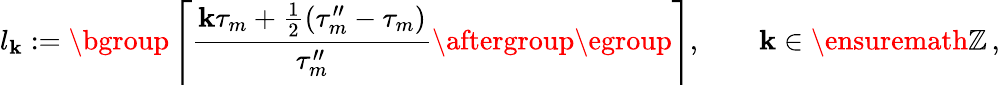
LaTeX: l_{\mathbf{k}}:=\mathopen{}\mathclose\bgroup\left\lceil\frac{{\mathbf{k}\tau_{m}+\frac{1}{2}(\tau_{m}^{\prime\prime}-\tau_{m})}}{{\tau_{m}^{\prime\prime}}}\aftergroup\egroup\right\rceil,\qquad\mathbf{k}\in\ensuremath{{\mathbb{{Z}}}}\, ,